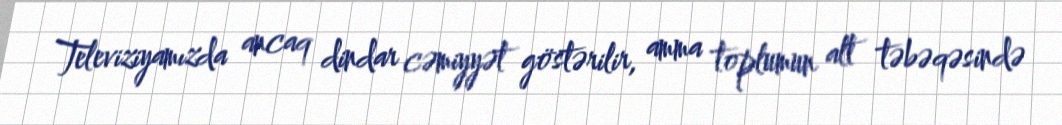
Televiziyamızda ancaq dindar cəmiyyət göstərilir, amma toplumun alt təbəqəsində